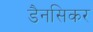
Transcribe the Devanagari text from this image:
डैनसिकर